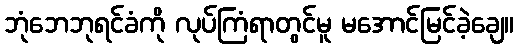
ဘုံဘေဘုရင်ခံကို လုပ်ကြံရာတွင်မူ မအောင်မြင်ခဲ့ချေ။